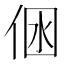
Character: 𠉢